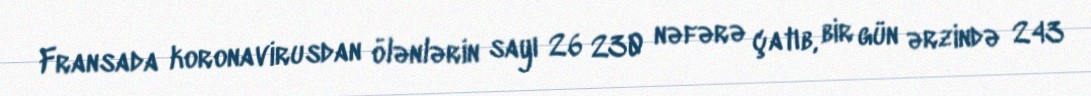
Fransada koronavirusdan ölənlərin sayı 26 230 nəfərə çatıb, bir gün ərzində 243